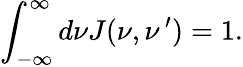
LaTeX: \int_{-\infty}^{\infty}d\nu J(\nu,\nu\, ^{\prime})=1.